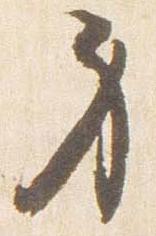
身